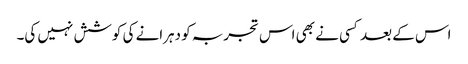
اس کے بعد کسی نے بھی اس تجربہ کو دہرانے کی کوشش نہیں کی۔